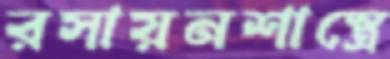
রসায়নশাস্ত্রে